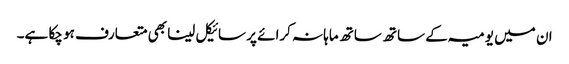
ان میں یومیہ کے ساتھ ساتھ ماہانہ کرائے پر سائیکل لینا بھی متعارف ہو چکا ہے۔